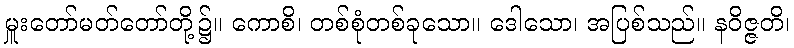
မှူးတော်မတ်တော်တို့၌။ ကောစိ၊ တစ်စုံတစ်ခုသော။ ဒေါသော၊ အပြစ်သည်။ နဝိဇ္ဇတိ၊